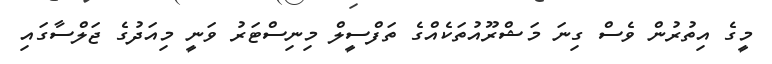
މީގެ އިތުރުން ވެސް ގިނަ މަޝްރޫއުތަކެއްގެ ތަފްސީލް މިނިސްޓަރު ވަނީ މިއަދުގެ ޖަލްސާގައި